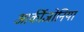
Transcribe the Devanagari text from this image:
आर्कीजोनिया